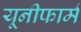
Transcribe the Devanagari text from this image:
यूनीफार्म